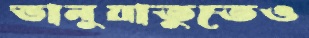
ভানুয়াতুতেও